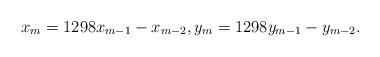
LaTeX: \begin{align*} x_{m} = 1298 x_{m-1} - x_{m-2}, y_{m} = 1298 y_{m-1} - y_{m-2}.\end{align*}